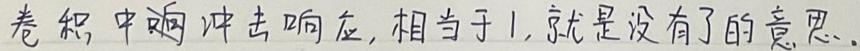
卷积中的冲击响应, 相当于 1, 就是没有了的意思.